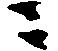
ニ